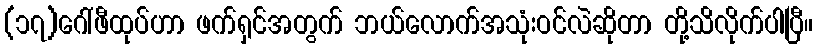
(၁၇)ဂေါ်ဖီထုပ်ဟာ ဖက်ရှင်အတွက် ဘယ်လောက်အသုံးဝင်လဲဆိုတာ တို့သိလိုက်ပါပြီ။